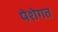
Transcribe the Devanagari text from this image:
पेशेगत